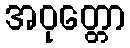
အဝုတ္တော